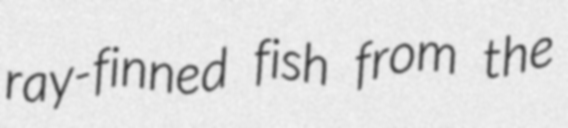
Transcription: ray-finned fish from the